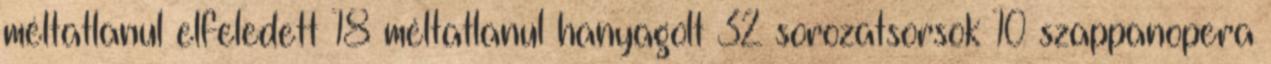
méltatlanul elfeledett 18 méltatlanul hanyagolt 32 sorozatsorsok 10 szappanopera